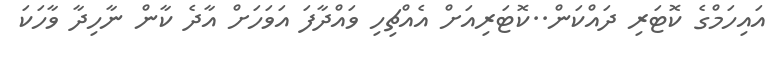
އައިހަމްގެ ކޮޓަރި ދައްކަން..ކޮޓަރިއަށް އެއްޗިހި ވައްދާފަ އަވަހަށް އާދެ ކާން ނާހިދާ ވާހަކަ